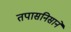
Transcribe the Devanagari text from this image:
तपासनिसाने